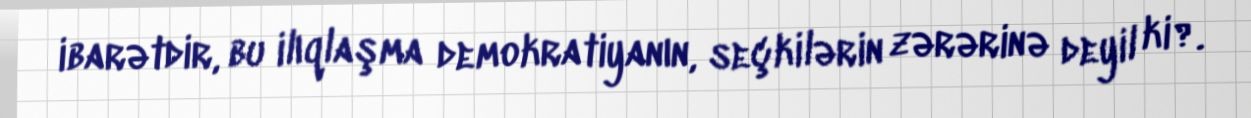
ibarətdir, bu ilıqlaşma demokratiyanın, seçkilərin zərərinə deyil ki?.